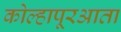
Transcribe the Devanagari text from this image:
कोल्हापूरआता